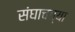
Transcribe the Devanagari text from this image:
संघाचच्या